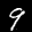
Label: 9